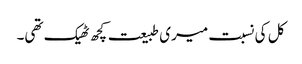
کل کی نسبت میری طبیعت کچھ ٹھیک تھی۔